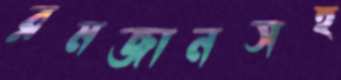
রমজানসহ